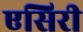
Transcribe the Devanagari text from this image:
एसिरी